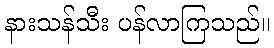
နားသန်သီး ပန်လာကြသည်။